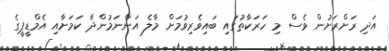
އަދި ރަށްރަށުން ވެސް މި ހަރަކާތުގައި ބައިވެރިވުމަށް މާލެ އަންނަމުންދާ ކަމަށާއި އެމްޑީޕީގެ